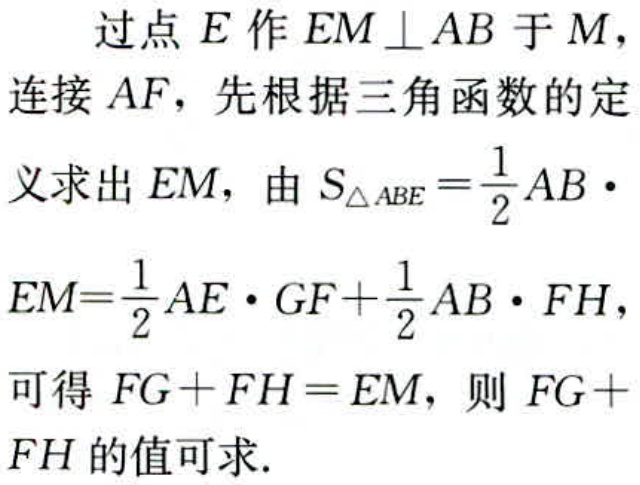
过点\(E\)作\(EM \perp AB\)于\(M\)，连接\(AF\)，先根据三角函数的定义求出\(EM\)，由\(S_{\triangle ABE}=\frac{1}{2}AB\cdot EM=\frac{1}{2}AE\cdot GF+\frac{1}{2}AB\cdot FH\)，可得\(FG + FH = EM\)，则\(FG + FH\)的值可求.